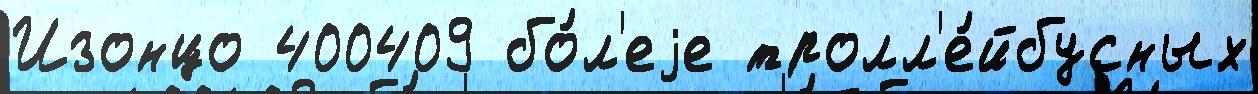
Изонцо 400409 бо́л'еjе тролл'е́йбусных